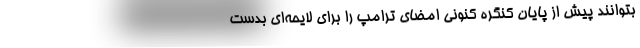
بتوانند پیش از پایان کنگره کنونی امضای ترامپ را برای لایحه‌ای بدست